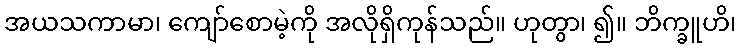
အယသကာမာ၊ ကျော်စောမဲ့ကို အလိုရှိကုန်သည်။ ဟုတွာ၊ ၍။ ဘိက္ခူဟိ၊